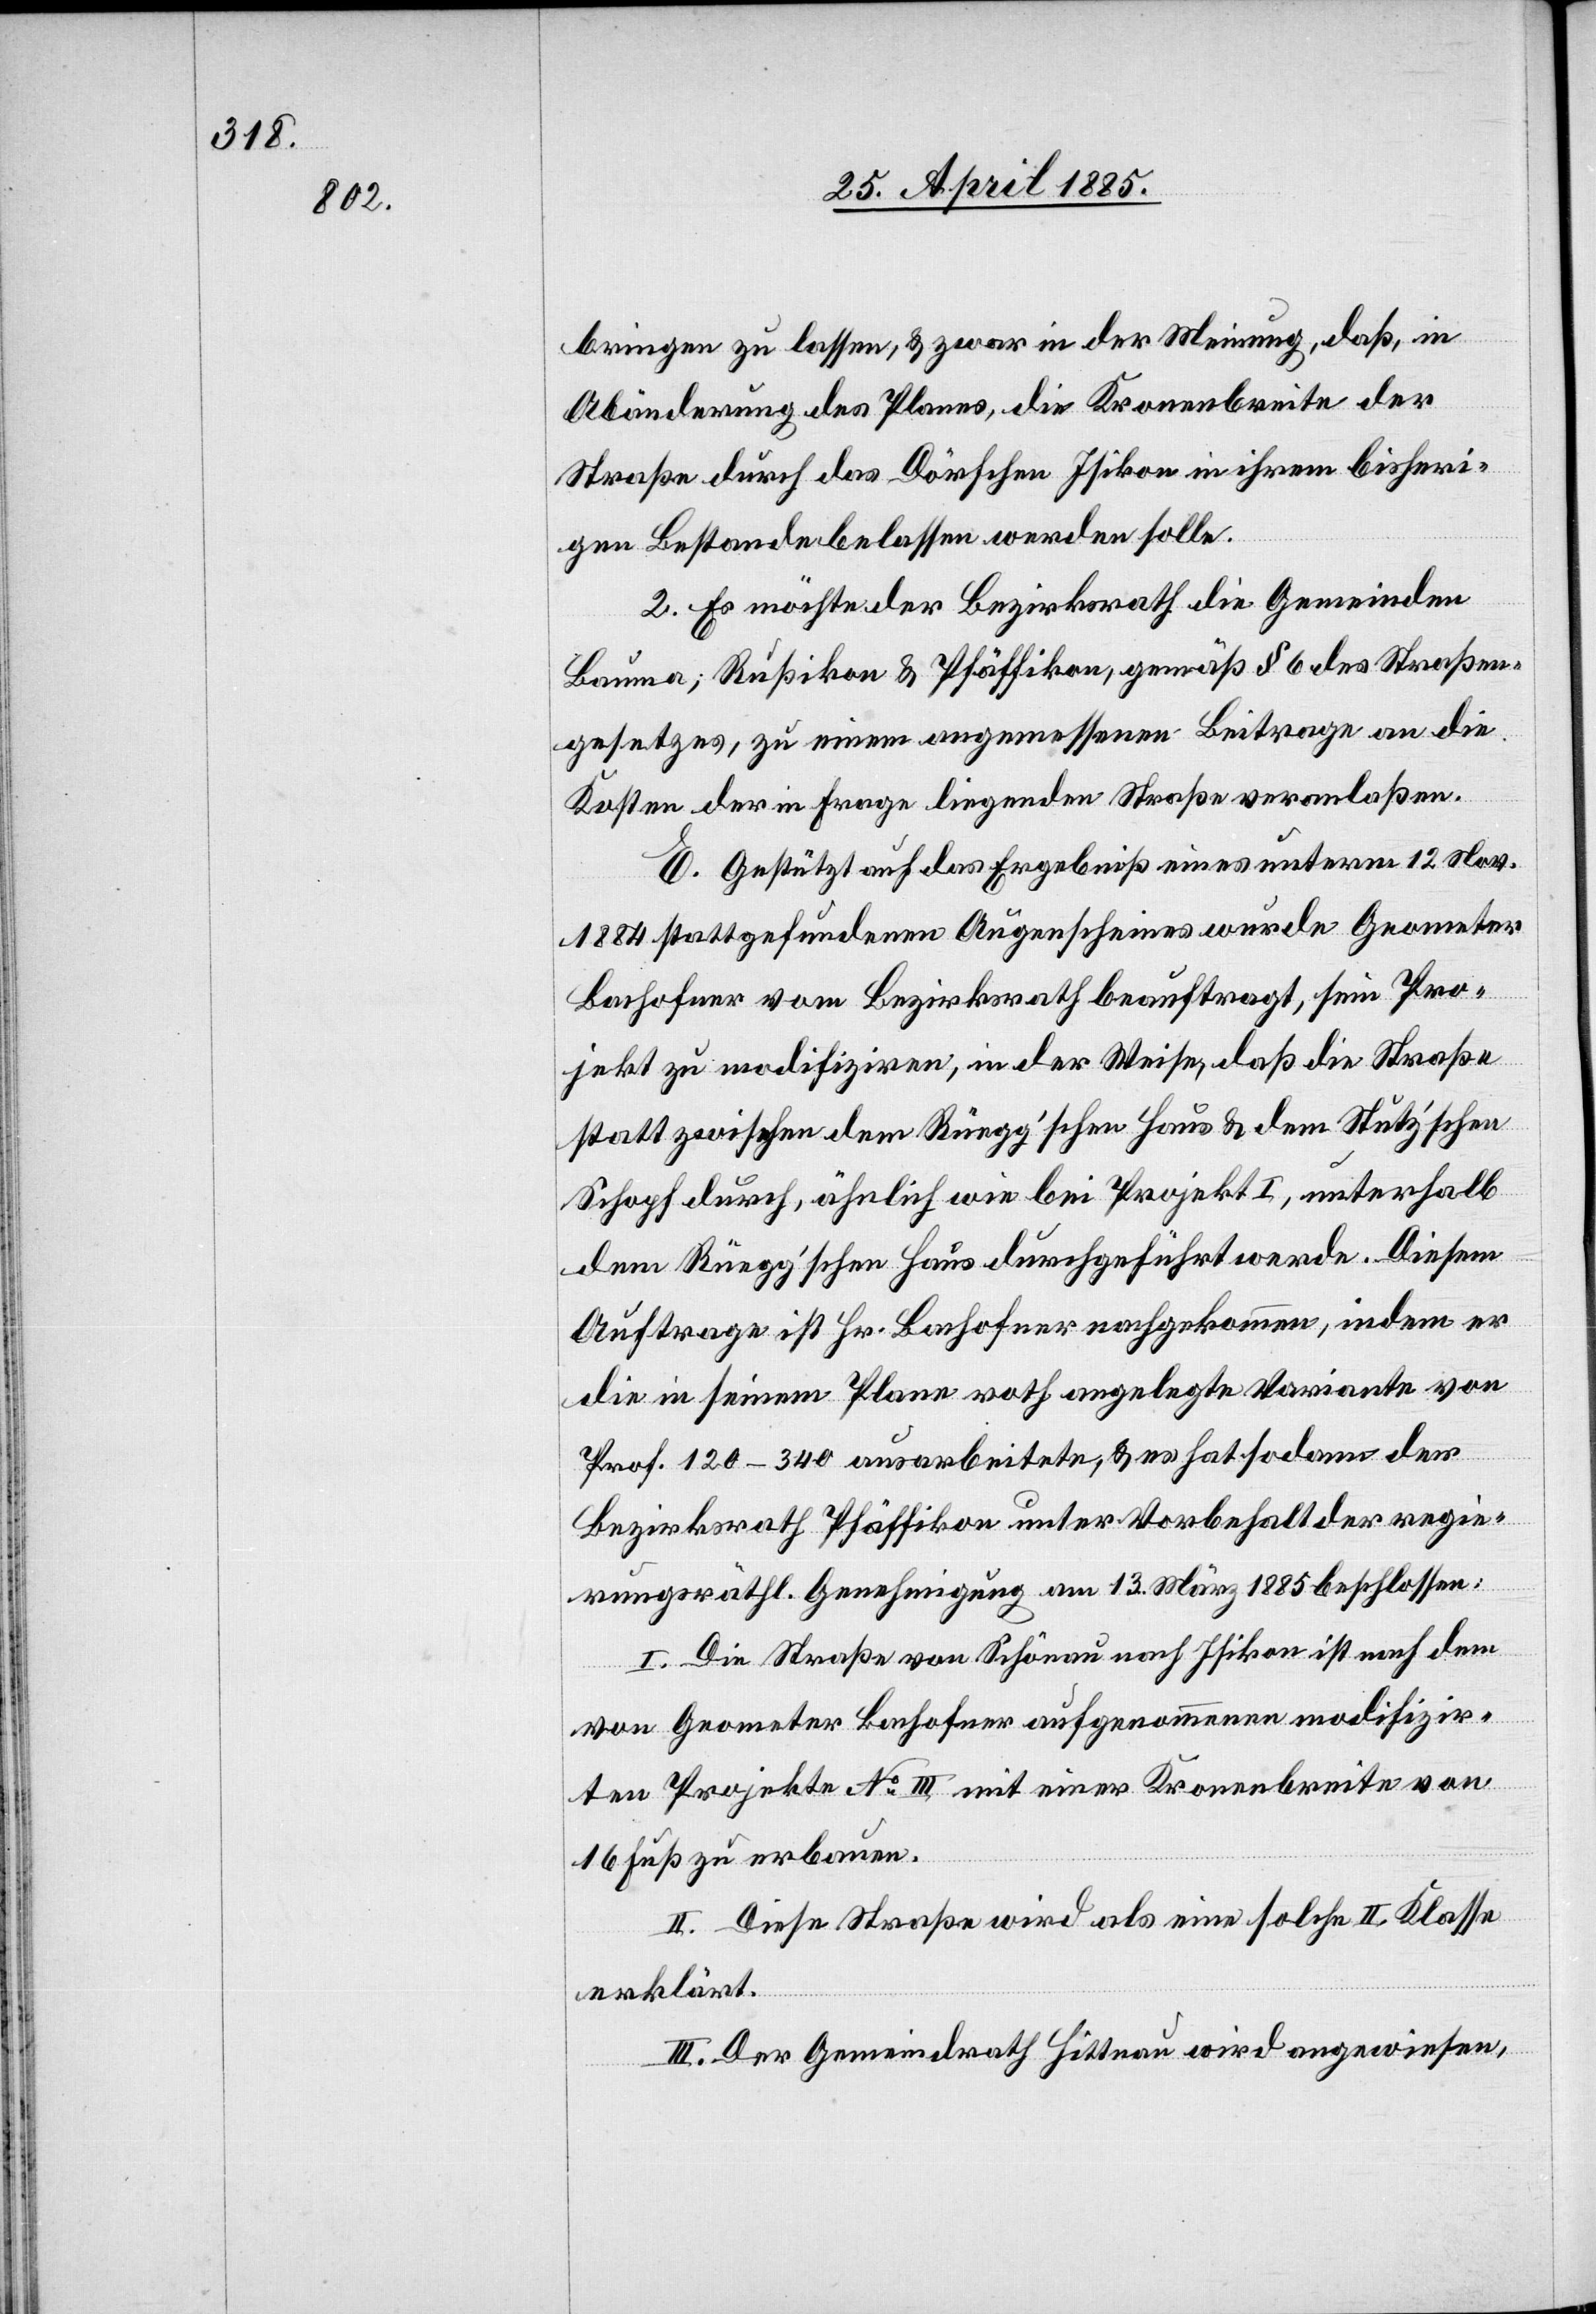
bringen zu lassen, & zwar in der Meinung, daß, in
Abänderung des Planes, die Kronenbreite der
Straße durch das Dörfchen Isikon in ihrem bisheri¬
gen Bestande belassen werden solle.
2. Es möchte der Bezirksrath die Gemeinden
Bauma, Rußikon & Pfäffikon, gemäß § 6 des Straßen¬
gesetzes, zu einem angemessenen Beitrage an die
Kosten der in Frage liegenden Straße veranlaßen.
E. Gestützt auf das Ergebniß eines unterm 12. Nov.
1884 stattgefundenen Augenscheines wurde Geometer
Bachofner vom Bezirksrath beauftragt, sein Pro¬
jekt zu modifiziren, in der Weise, daß die Straße
statt zwischen dem Rüegg’schen Haus & dem Stutz’schen
Schopf durch, ähnlich wie bei Projekt I, unterhalb
dem Rüegg’schen Haus durchgeführt werde. Diesem
Auftrage ist Hr. Bachofner nachgekommen, indem er
die in seinem Plane roth angelegte Variante von
Prof. 120–340 ausarbeitete, & es hat sodann der
Bezirksrath Pfäffikon unter Vorbehalt der regie¬
rungsräthl. Genehmigung am 13. März 1885 beschlossen:
I. Die Straße von Schönau nach Isikon ist nach dem
von Geometer Bachofner aufgenommenen modifizir¬
ten Projekte No III mit einer Kronenbreite von
16 Fuß zu erbauen.
II. Diese Straße wird als eine solche II. Klasse
erklärt.
III. Der Gemeindrath Hittnau wird angewiesen,